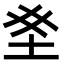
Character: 𫭣